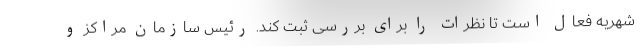
شهریه فعال است تا نظرات را برای بررسی ثبت کند. رئیس سازمان مراکز و